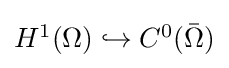
{\textstyle H^{1}(\Omega )\hookrightarrow C^{0}({\bar {\Omega }})}